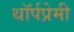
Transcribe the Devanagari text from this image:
थॉर्पप्रेमी